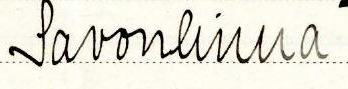
Savonlinna